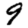
Digit: 9